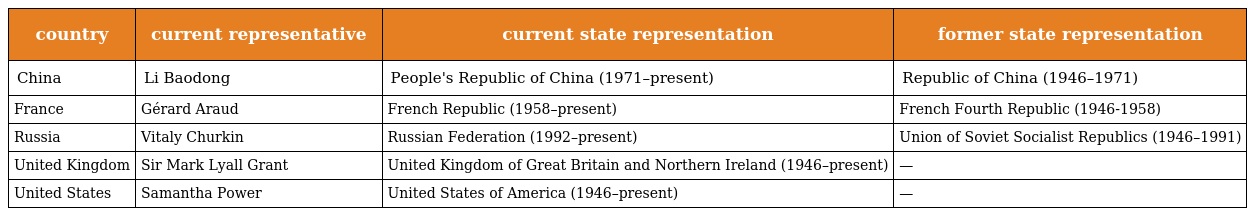
| country | current representative | current state representation | former state representation |
 | --- | --- | --- | --- |
 | China | Li Baodong | People's Republic of China (1971–present) | Republic of China (1946–1971) |
 | France | Gérard Araud | French Republic (1958–present) | French Fourth Republic (1946-1958) |
 | Russia | Vitaly Churkin | Russian Federation (1992–present) | Union of Soviet Socialist Republics (1946–1991) |
 | United Kingdom | Sir Mark Lyall Grant | United Kingdom of Great Britain and Northern Ireland (1946–present) | — |
 | United States | Samantha Power | United States of America (1946–present) | — |